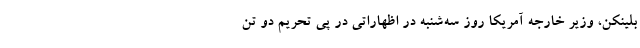
بلینکن، وزیر خارجه آمریکا روز سه‌شنبه در اظهاراتی در پی تحریم دو تن